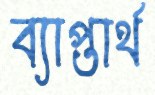
ব্যাপ্তার্থ